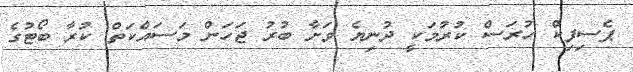
ޕެސިފިކް ހުރަސް ކުރުމަކީ ދުނިޔެ ވަށާ ބުރު ޖަހަަން މަސައްކަތް ކުރާ ބޯޓުގެ